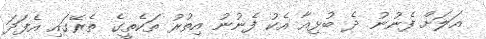
އަލަށް ފެނުނު ދެ ބުޅިއާ އެކު ފެނުނު އިތުރު ތަކެތީގެ ތެރޭގައި އެފަދަ